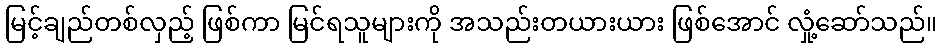
မြင့်ချည်တစ်လှည့် ဖြစ်ကာ မြင်ရသူများကို အသည်းတယားယား ဖြစ်အောင် လှုံ့ဆော်သည်။